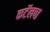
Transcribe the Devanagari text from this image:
कटॅलपा